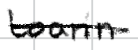
Text: Lorain
Cross-out: single-line
Writing tool: digital_black